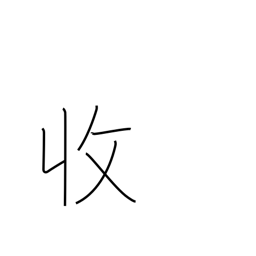
Meaning: income